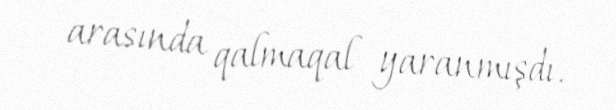
arasında qalmaqal yaranmışdı.